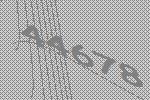
44678